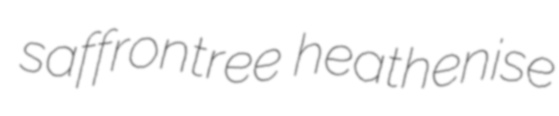
saffrontree heathenise